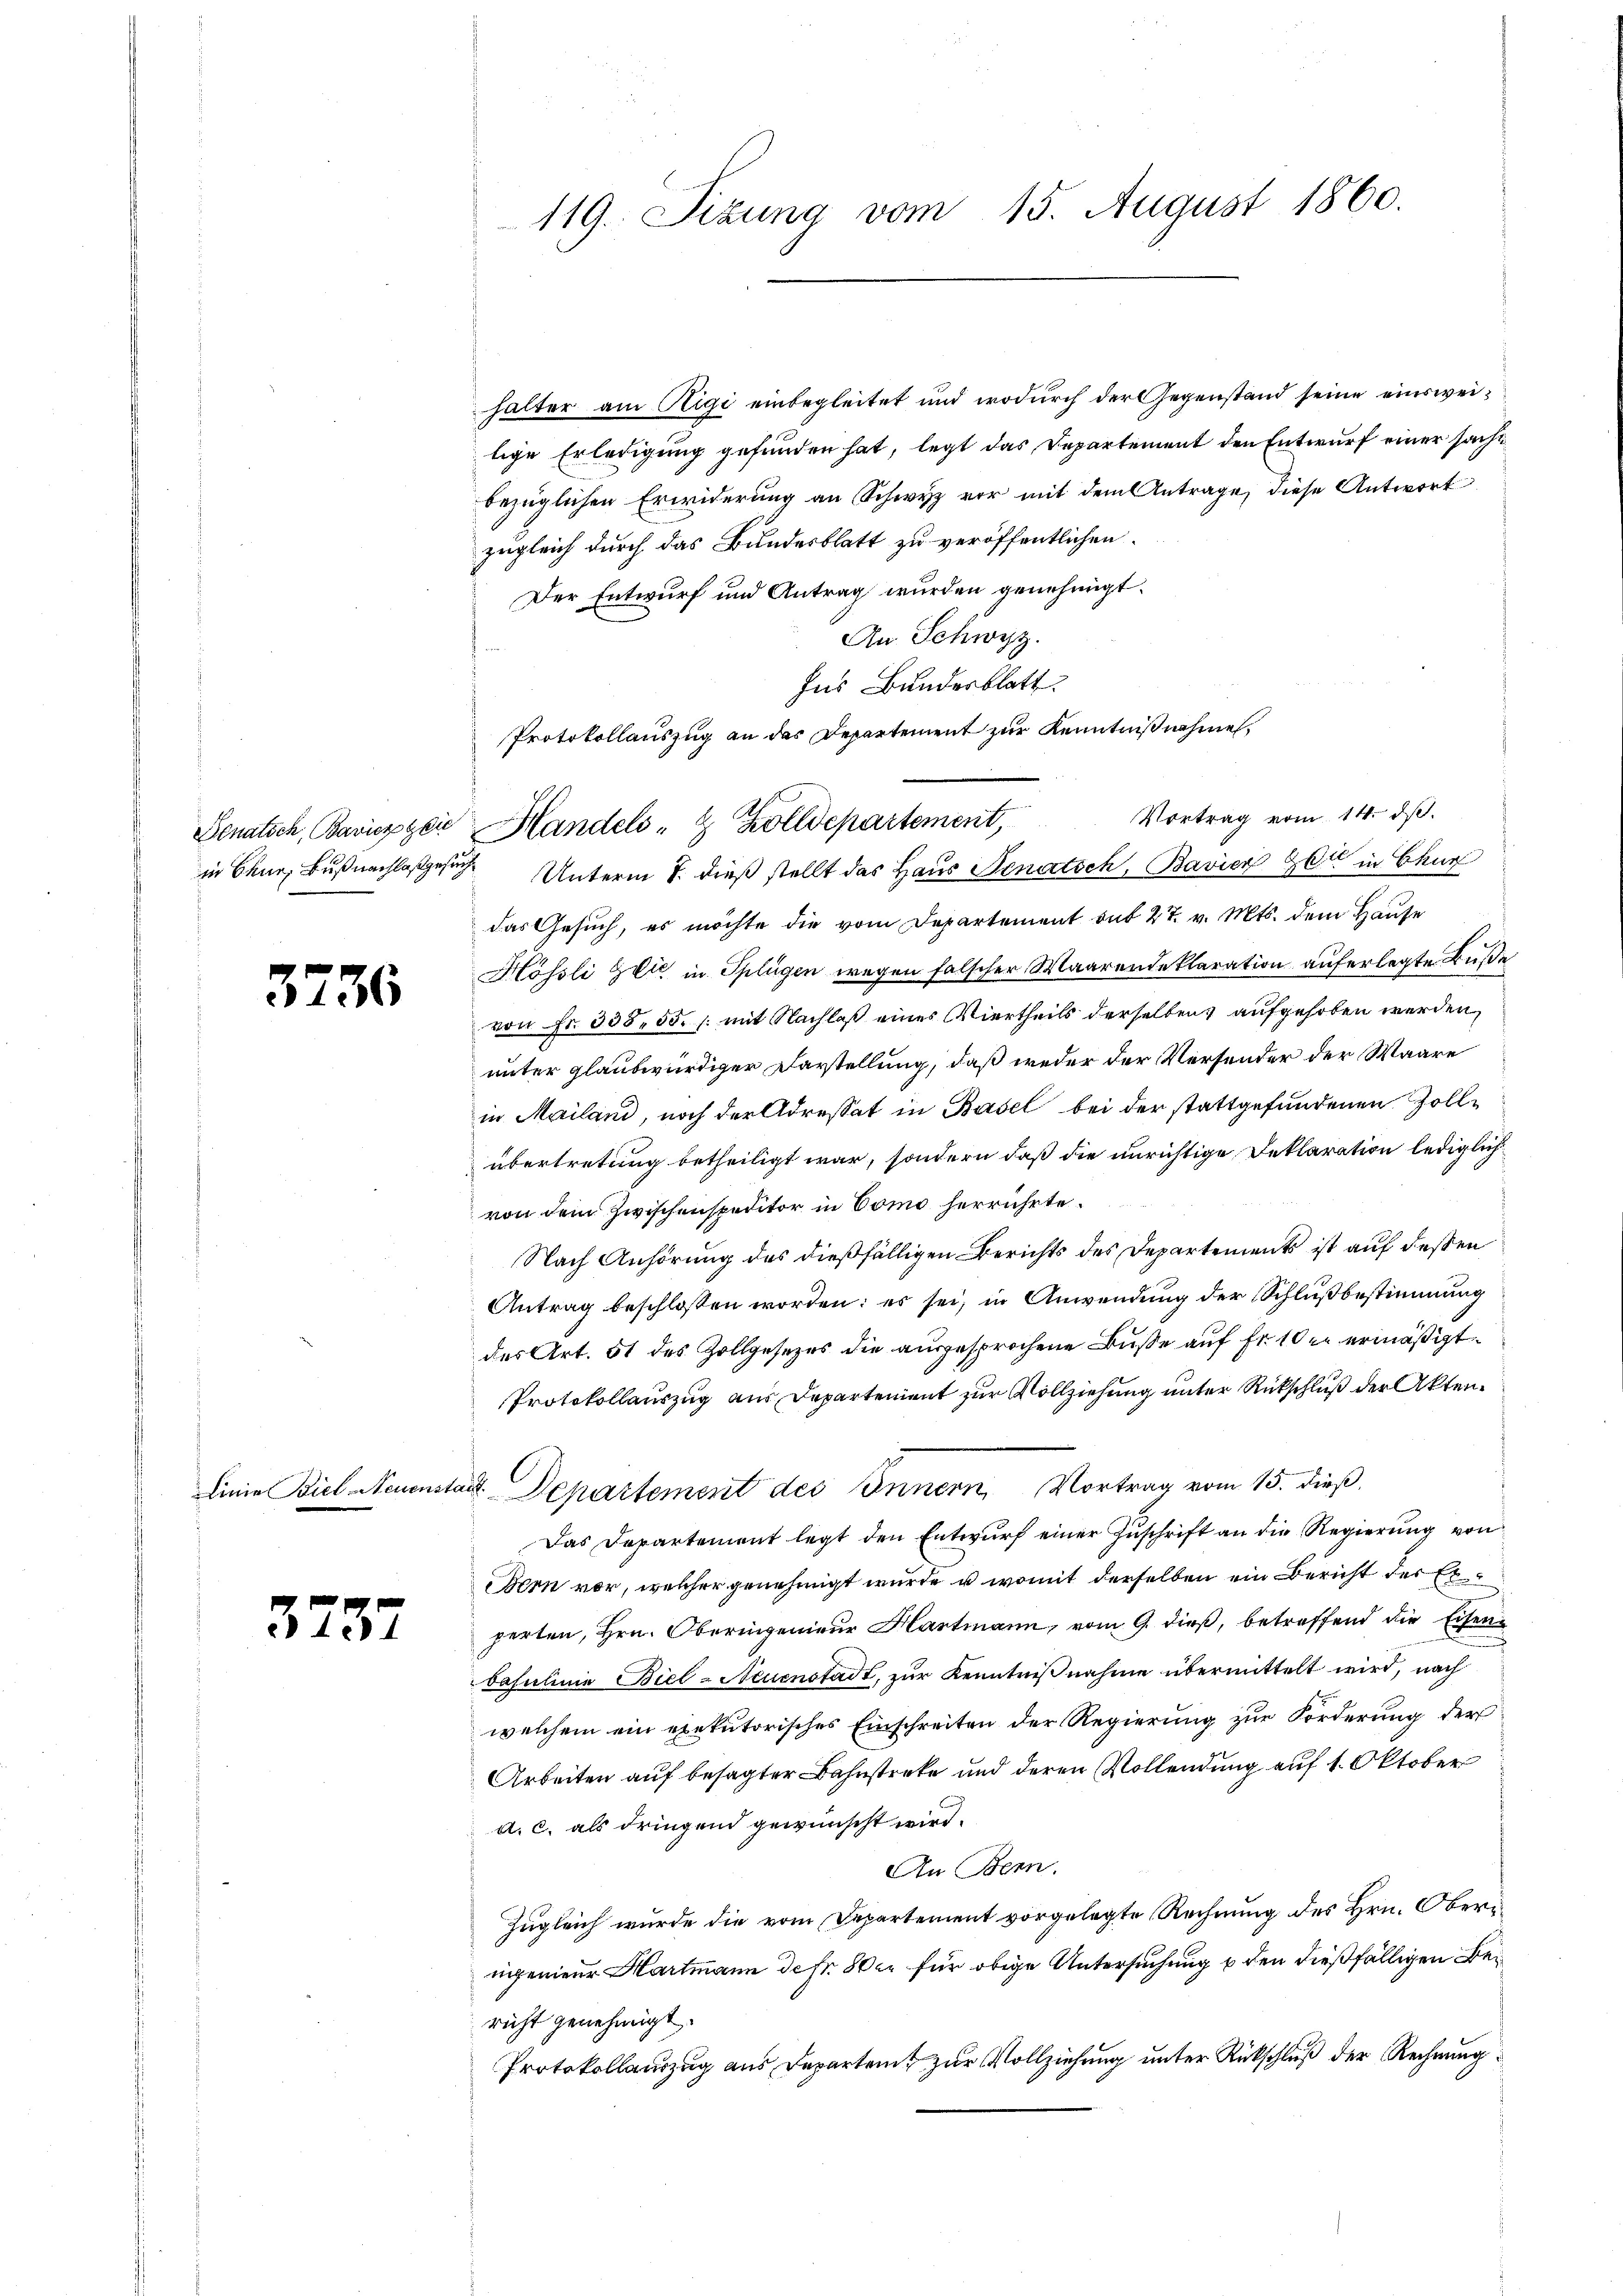
37

36

3737

119. Sizung vom 15. August 1860.

halter am Rigi einbegleitet und wodurch der Gegenstand seine einsweilige Erledigung gefunden hat, legt das Departement den Entwurf einer sache
bezüglichen Erwiderung an Schwyz vor mit dem Antrage, diese Antwort
zugleich durch das Bundesblatt zu veröffentlichen
Der Entwurf und Antrag wurden genehmigt.
An Schwyz.
Ins Bundesblatt.
Protokollauszug an das Departement zur Kenntnißnahme
Vortrag vom 14. dβ.
Senatsch, Baviezger Handels- & Zolldepartement,
in Chur, Bußnachlasgesuche Unterm 7. dieß stellt das Haus Senatsch, Bavier Zeit in Chur
das Gesuch, es möchte die vom Departement mit 27. v. Mts. dem Hause
Hössli Zeit in Splügen wegen falscher Maarende klaration auferlegte Buße
von Fr. 335. 55. /: mit Nachlaß eines Viertheils derselben aufgehoben werden,
unter glaubwürdiger Darstellung, daß weder der Versender der Waare
in Mailand, noch der Adressat in Basel bei der stattgefundenen Zollübertretung betheiligt war, sondern daß die unrichtige Deklaration lediglich
von dem Zwischenspeditor in Como herrührte.
Nach Anhörung des dießfälligen Berichts des Departements ist auf deßen
Antrag beschlossen worden: es sei, in Anwendung der Schlußbestimmung
des Art. 51 des Zollgesezes die ausgesprochene Buße auf Fr. 10 er ermäßigt
Protokollauszug aus Departement zur Vollziehung unter Rückschluß der Aktenlinie Biel Neuenstadt Departement des Innern, Vortrag vom 15. dieß,
Das Departement legt den Entwŭrf einer Zŭschrift an die Regierŭng von
Bern vor, welcher genehmigt wurde u. womit derselben ein Bericht der Er
perten, Hrn. Oberingenieur Hartmann, vom 9. dieß, betreffend die Eisen¬
Basulinie Biel - Neuenstadt, zur Kenntnißnahme übermittelt wird, nach
welchem ein exekutorisches Einschreiten der Regierung zur Forderung der
Arbeiten auf besagter Bahnstreke und deren Vollendung auf 1. Oktober
a. c. als dringend gewünscht wird.
An Bern.
Zugleich wurde die vom Departement vorgelegte Rechnung des Hrn. Oberngenieur Hartmann de fr. 80 xr für obige Untersuchung u den dießfälligen Bericht genehmigt.
Protokollauszug aus Departenz zur Vollziehung unter Rückschluß der Rechnung